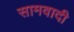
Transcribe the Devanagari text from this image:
सामवादी